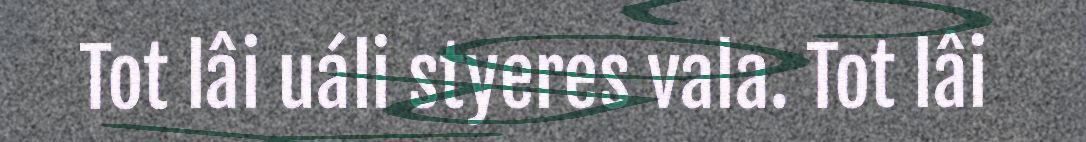
Tot lâi uáli styeres vala. Tot lâi